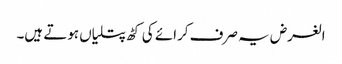
الغرض یہ صرف کرائے کی کٹھ پتلیاں ہوتے ہیں۔